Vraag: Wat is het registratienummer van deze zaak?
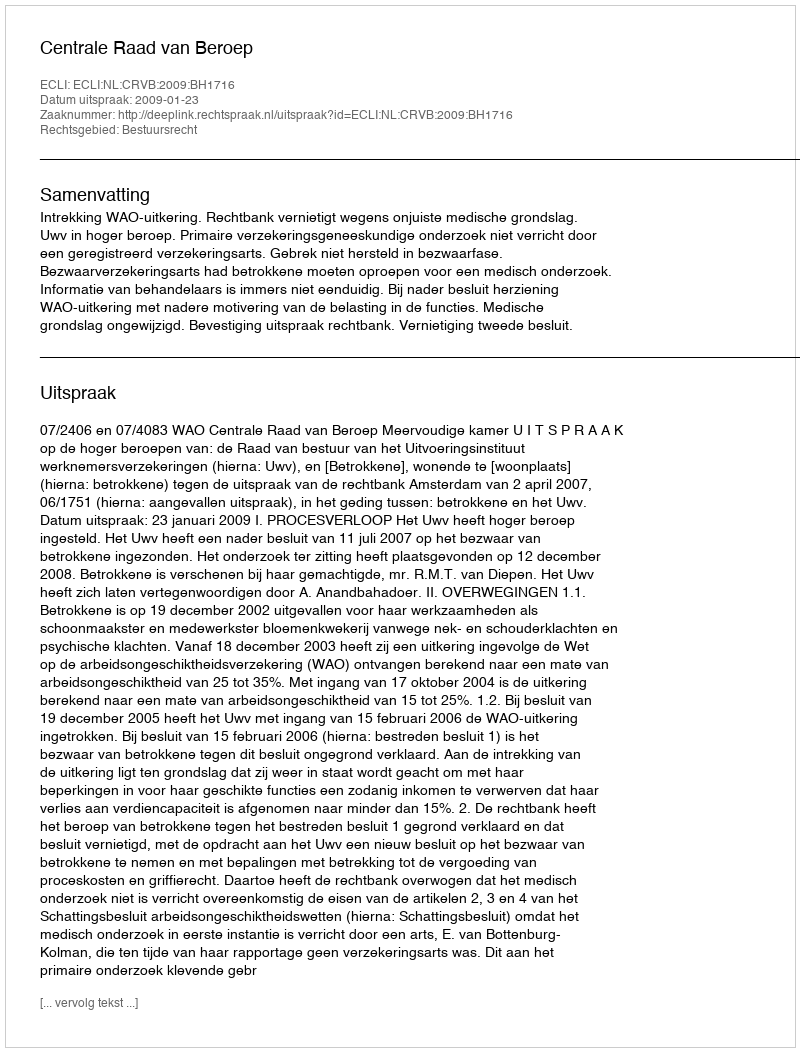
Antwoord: http://deeplink.rechtspraak.nl/uitspraak?id=ECLI:NL:CRVB:2009:BH1716